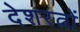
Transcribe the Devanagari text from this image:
देशरत्नों